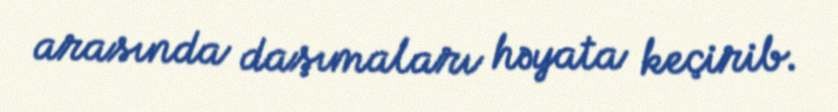
arasında daşımaları həyata keçirib.